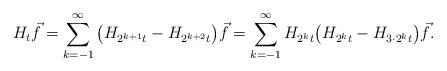
LaTeX: \begin{align*} H_t\vec f=\sum_{k=-1}^\infty \big(H_{2^{k+1} t}-H_{2^{k+2}t}\big)\vec f =\sum_{k=-1}^\infty H_{2^k t}\big(H_{2^k t}-H_{3\cdot 2^{k}t}\big)\vec f.\end{align*}